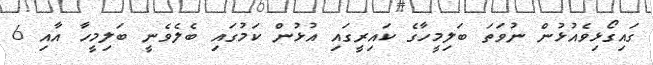
ގައިގޯޅިވެއުޅުން ނުވަތަ ބަލިމީހާގެ ކައިރީގައި އުޅުން ކަމުގައި ބެލެވެނީ ބަލިމީހާ އާއި 6